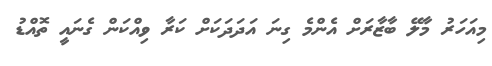
މިއަހަރު މާލޭ ބާޒާރަށް އެންމެ ގިނަ އަދަދަކަށް ކަރާ ވިއްކަން ގެނައީ ތޮއްޑު